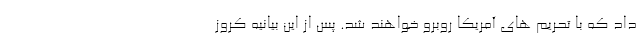
داد که با تحریم های آمریکا روبرو خواهند شد. پس از این بیانیه کروز